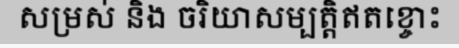
សម្រស់ និង ចរិយាសម្បត្តិឥតខ្ចោះ